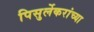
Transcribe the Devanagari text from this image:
पिसुर्लेकरांच्या